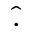
\hat { . }